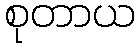
စုတာယ